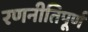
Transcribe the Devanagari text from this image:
रणनीतिपूर्ण